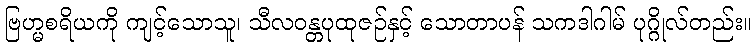
ဗြဟ္မစရိယကို ကျင့်သောသူ၊ သီလဝန္တပုထုဇဉ်နှင့် သောတာပန် သကဒါဂါမ် ပုဂ္ဂိုလ်တည်း။